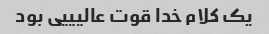
یک کلام خدا قوت عالیییی بود